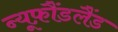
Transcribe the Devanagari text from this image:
न्यूफ़ौंडलैंड